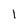
Character: 1